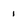
Character: 1